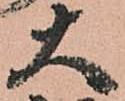
大